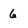
Character: 6